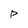
Character: P